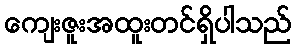
ကျေးဇူးအထူးတင်ရှိပါသည်